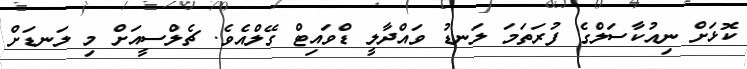
ކޮޅަށް ނިއުކާސަލްގެ ފުރަތަމަ ލަނޑު ވައްދާލީ ޑްވައިޓް ގޭލްއެވެ. ޗެލްސީއަށް މި ލަނޑަށް